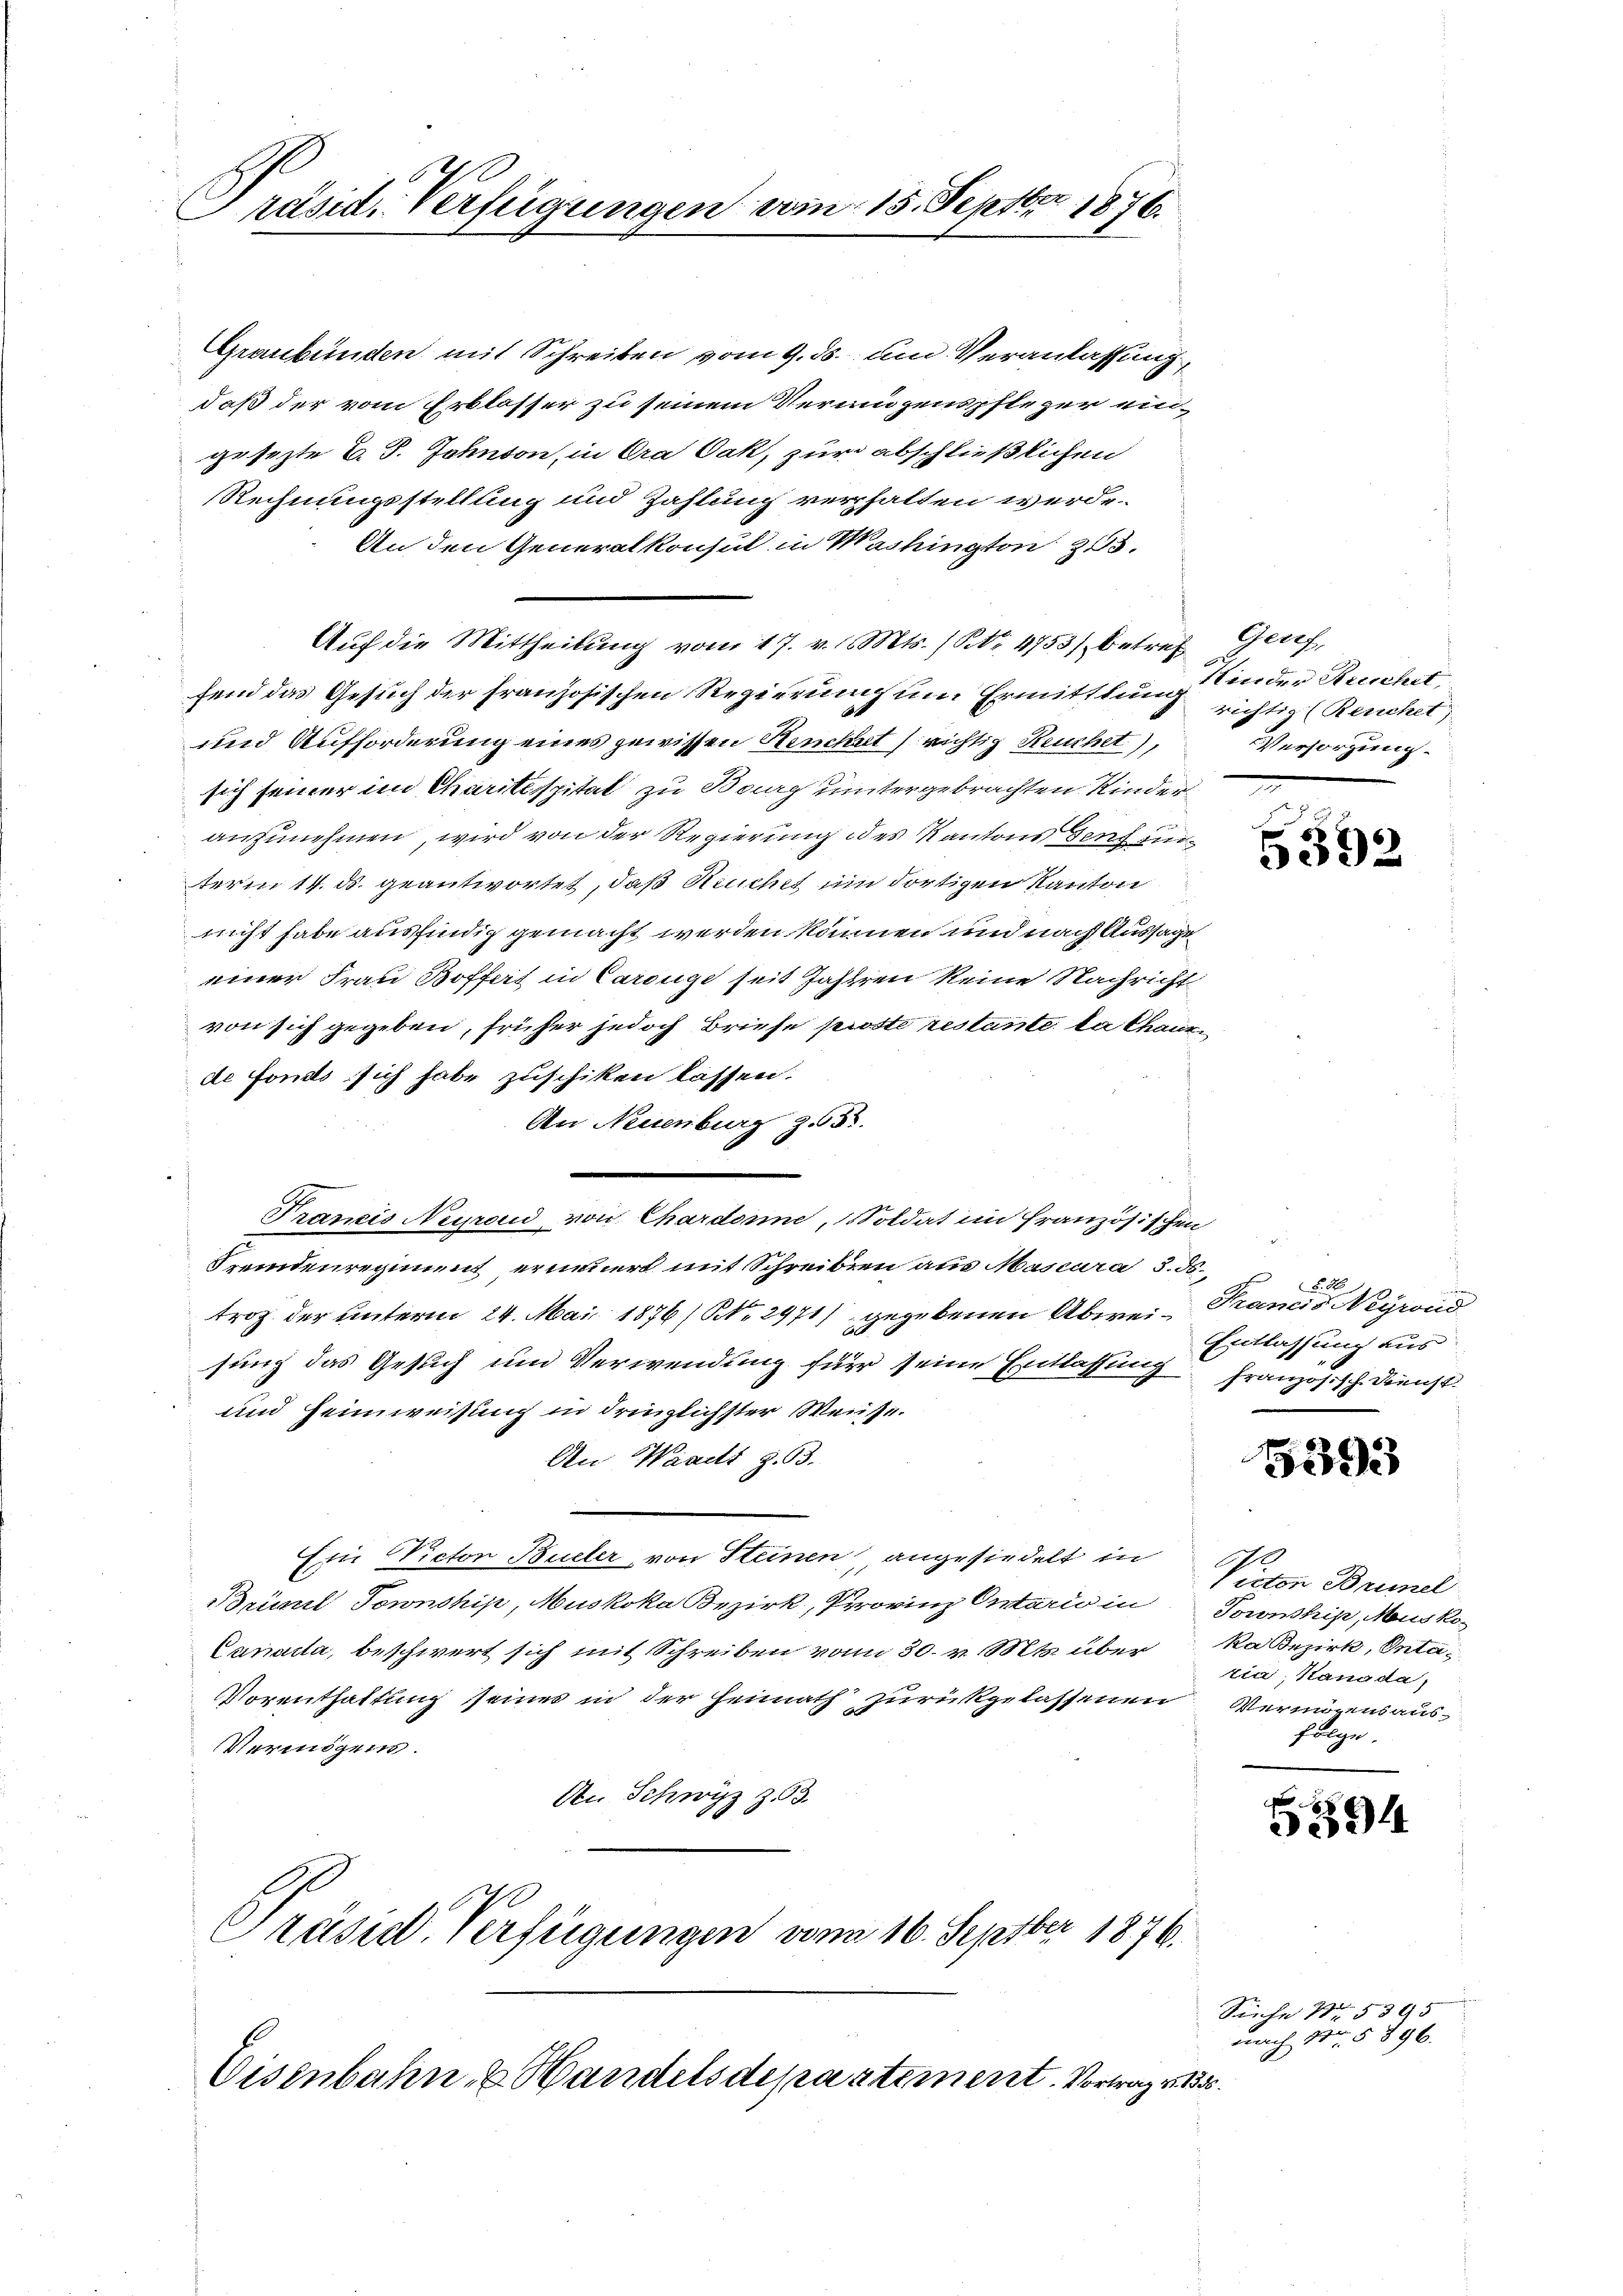
x
Präsid. Verfügungen vom 15. Septbr 1876.

Graubünden mit Schreiben vom 9. ds. und Veranlassung
daß der vom Erblasser zu seinem Vermögenspfleger eingesezte C. J. Jahnson, in Cra Jak, zur abschließlichen
Rechnungsstellung und Zahlung verhalten werde.
An den Generalkonsul in Washington 15.
Auf die Mittheilung vom 17. v. Mts. (S. 4753) betref Genf,
fend das Gesuch der französischen Regierung um Ermittlung Kinder Recht
und Aufforderung eines gewissen Reicht richtig Reint),
sich seiner im Charitespital zu Burg untergebrachten Kinderanzunehmen, wird von der Regierung des Kantons den in
term 14. ds. geantwortet, daß Ruchet um dortigen Kanton
nicht habe ausfindig gemacht werden können und nach Aussage
einer Frau Boffers in Carouge seit Jahren keine Nachricht
von sich gegeben, früher jedoch Briefe proste restante la Chausde Fonds sich habe zuschiken lassen.
An Neuenburg z. 55.
Francis Neyroud von Chardonne, Soldat im Französischen
Fremdenregiment erneuert mit Schreiben aus Mascura 3. ds.
trog der unterm 24. Mai 1876/ NNo. 2971) gegebenen Abweisung das Gesuch und Verwendung für seine Erlassung französisch. Dienst
und Heimweisung in dringlichster Weise.
An Waadt Z. 63.
Ein Victor Büeler, von Steinen angesiedelt in
Brünil Tornship, Muskoka Bezirk, Provinz Ortario in Pownski, Mausko¬
Canada, beschwert sich mit Schreiben vom 30. v. Mts. über ka Bezirk, Onta¬
Vorenthaltung seines in der Heimath zurückgelassenen
Vermögens.
An Schwyz z. 3.

Eisenbahn- & Handelsdepartement. Vortrag v. 135.

Präsid. Verfügungen vom 16. Septber 1876.

richtig (Reuchet
Versorgung.

w
5392

N. O.
Francis Neyrond
Entlassung aus
e

5393

Victor Brinel
tia, Hanada,
Veringensaus
folge.

F
5

Seiche Nr. 5595
nach No. 5896.